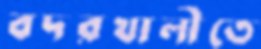
বদরখালীতে